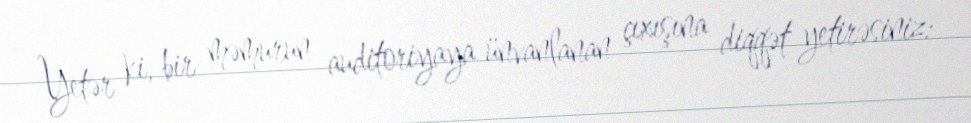
Yetər ki, bir məmurun auditoriyaya ünvanlanan çıxışına diqqət yetirəsiniz: